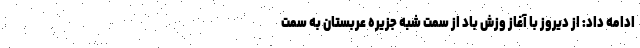
ادامه داد: از دیروز با آغاز وزش باد از سمت شبه جزیره عربستان به سمت